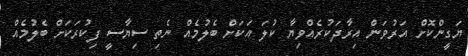
ޔަގީންކޮށް އަރުވަން އިރާދަކުރެއްވިޔާ ކުލަ އަކަށް ބެލުމެއް ނެތި ސިޔާސީ ފިކުރަކަށް ބެލުމެއް